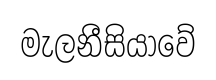
මැලනීසියාවේ